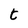
Character: t